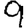
Digit: 9